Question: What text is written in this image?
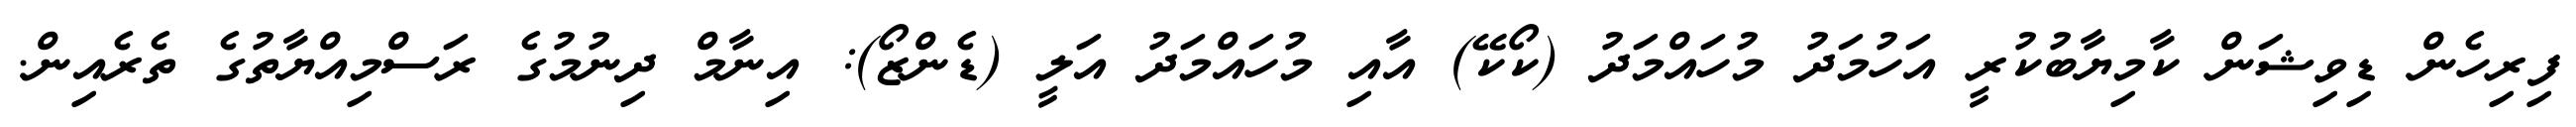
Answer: ފިރިހެން ޑިވިޝަން ކާމިޔާބުކުރީ އަހުމަދު މުހައްމަދު (ކޯކޭ) އާއި މުހައްމަދު އަލީ (ޑެންޒޯ): އިނާމް ދިނުމުގެ ރަސްމިއްޔާތުގެ ތެރެއިން.